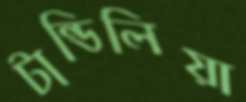
টান্ডিলিয়া